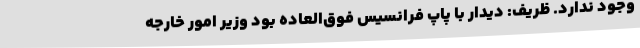
وجود ندارد. ظریف: دیدار با پاپ فرانسیس فوق‌العاده بود وزیر امور خارجه